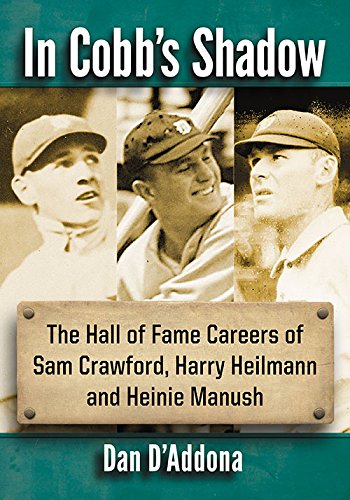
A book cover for In Cobb's Shadow: The Hall of Fame Careers of Sam Crawford, Harry Heilmann and Heinie Manush; Dan D'Addona; Biographies & Memoirs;